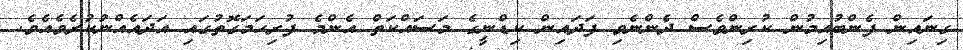
ގިނައިން ފެންބުއިމުން ކުރިންވެސް ދެންނެވި ފަދައިން ކިޑްނީގެ މަސައްކަތް އެންމެ ފުރިިހަމަގޮތުގައި އަދައެއްނުކުރެވެއެވެ.